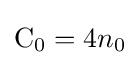
{\text{C}}_{0}=4n_{0}